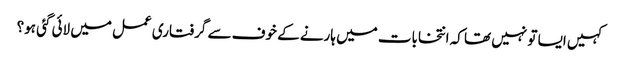
کہیں ایسا تو نہیں تھا کہ انتخابات میں ہارنے کے خوف سے گرفتاری عمل میں لائی گئی ہو؟